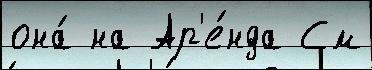
она́ на Ар'е́нда См